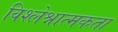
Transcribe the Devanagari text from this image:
विश्लेश्नात्मकता